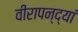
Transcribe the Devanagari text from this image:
वीरापन्द्यां